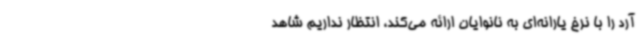
آرد را با نرخ یارانه‌ای به نانوایان ارائه می‌کند، انتظار نداریم شاهد